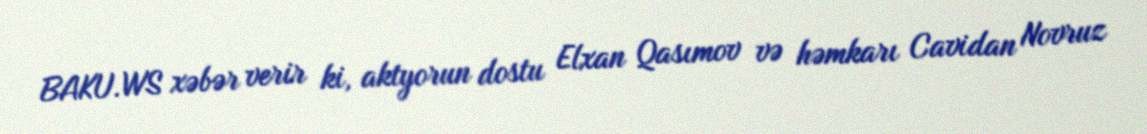
BAKU.WS xəbər verir ki, aktyorun dostu Elxan Qasımov və həmkarı Cavidan Novruz